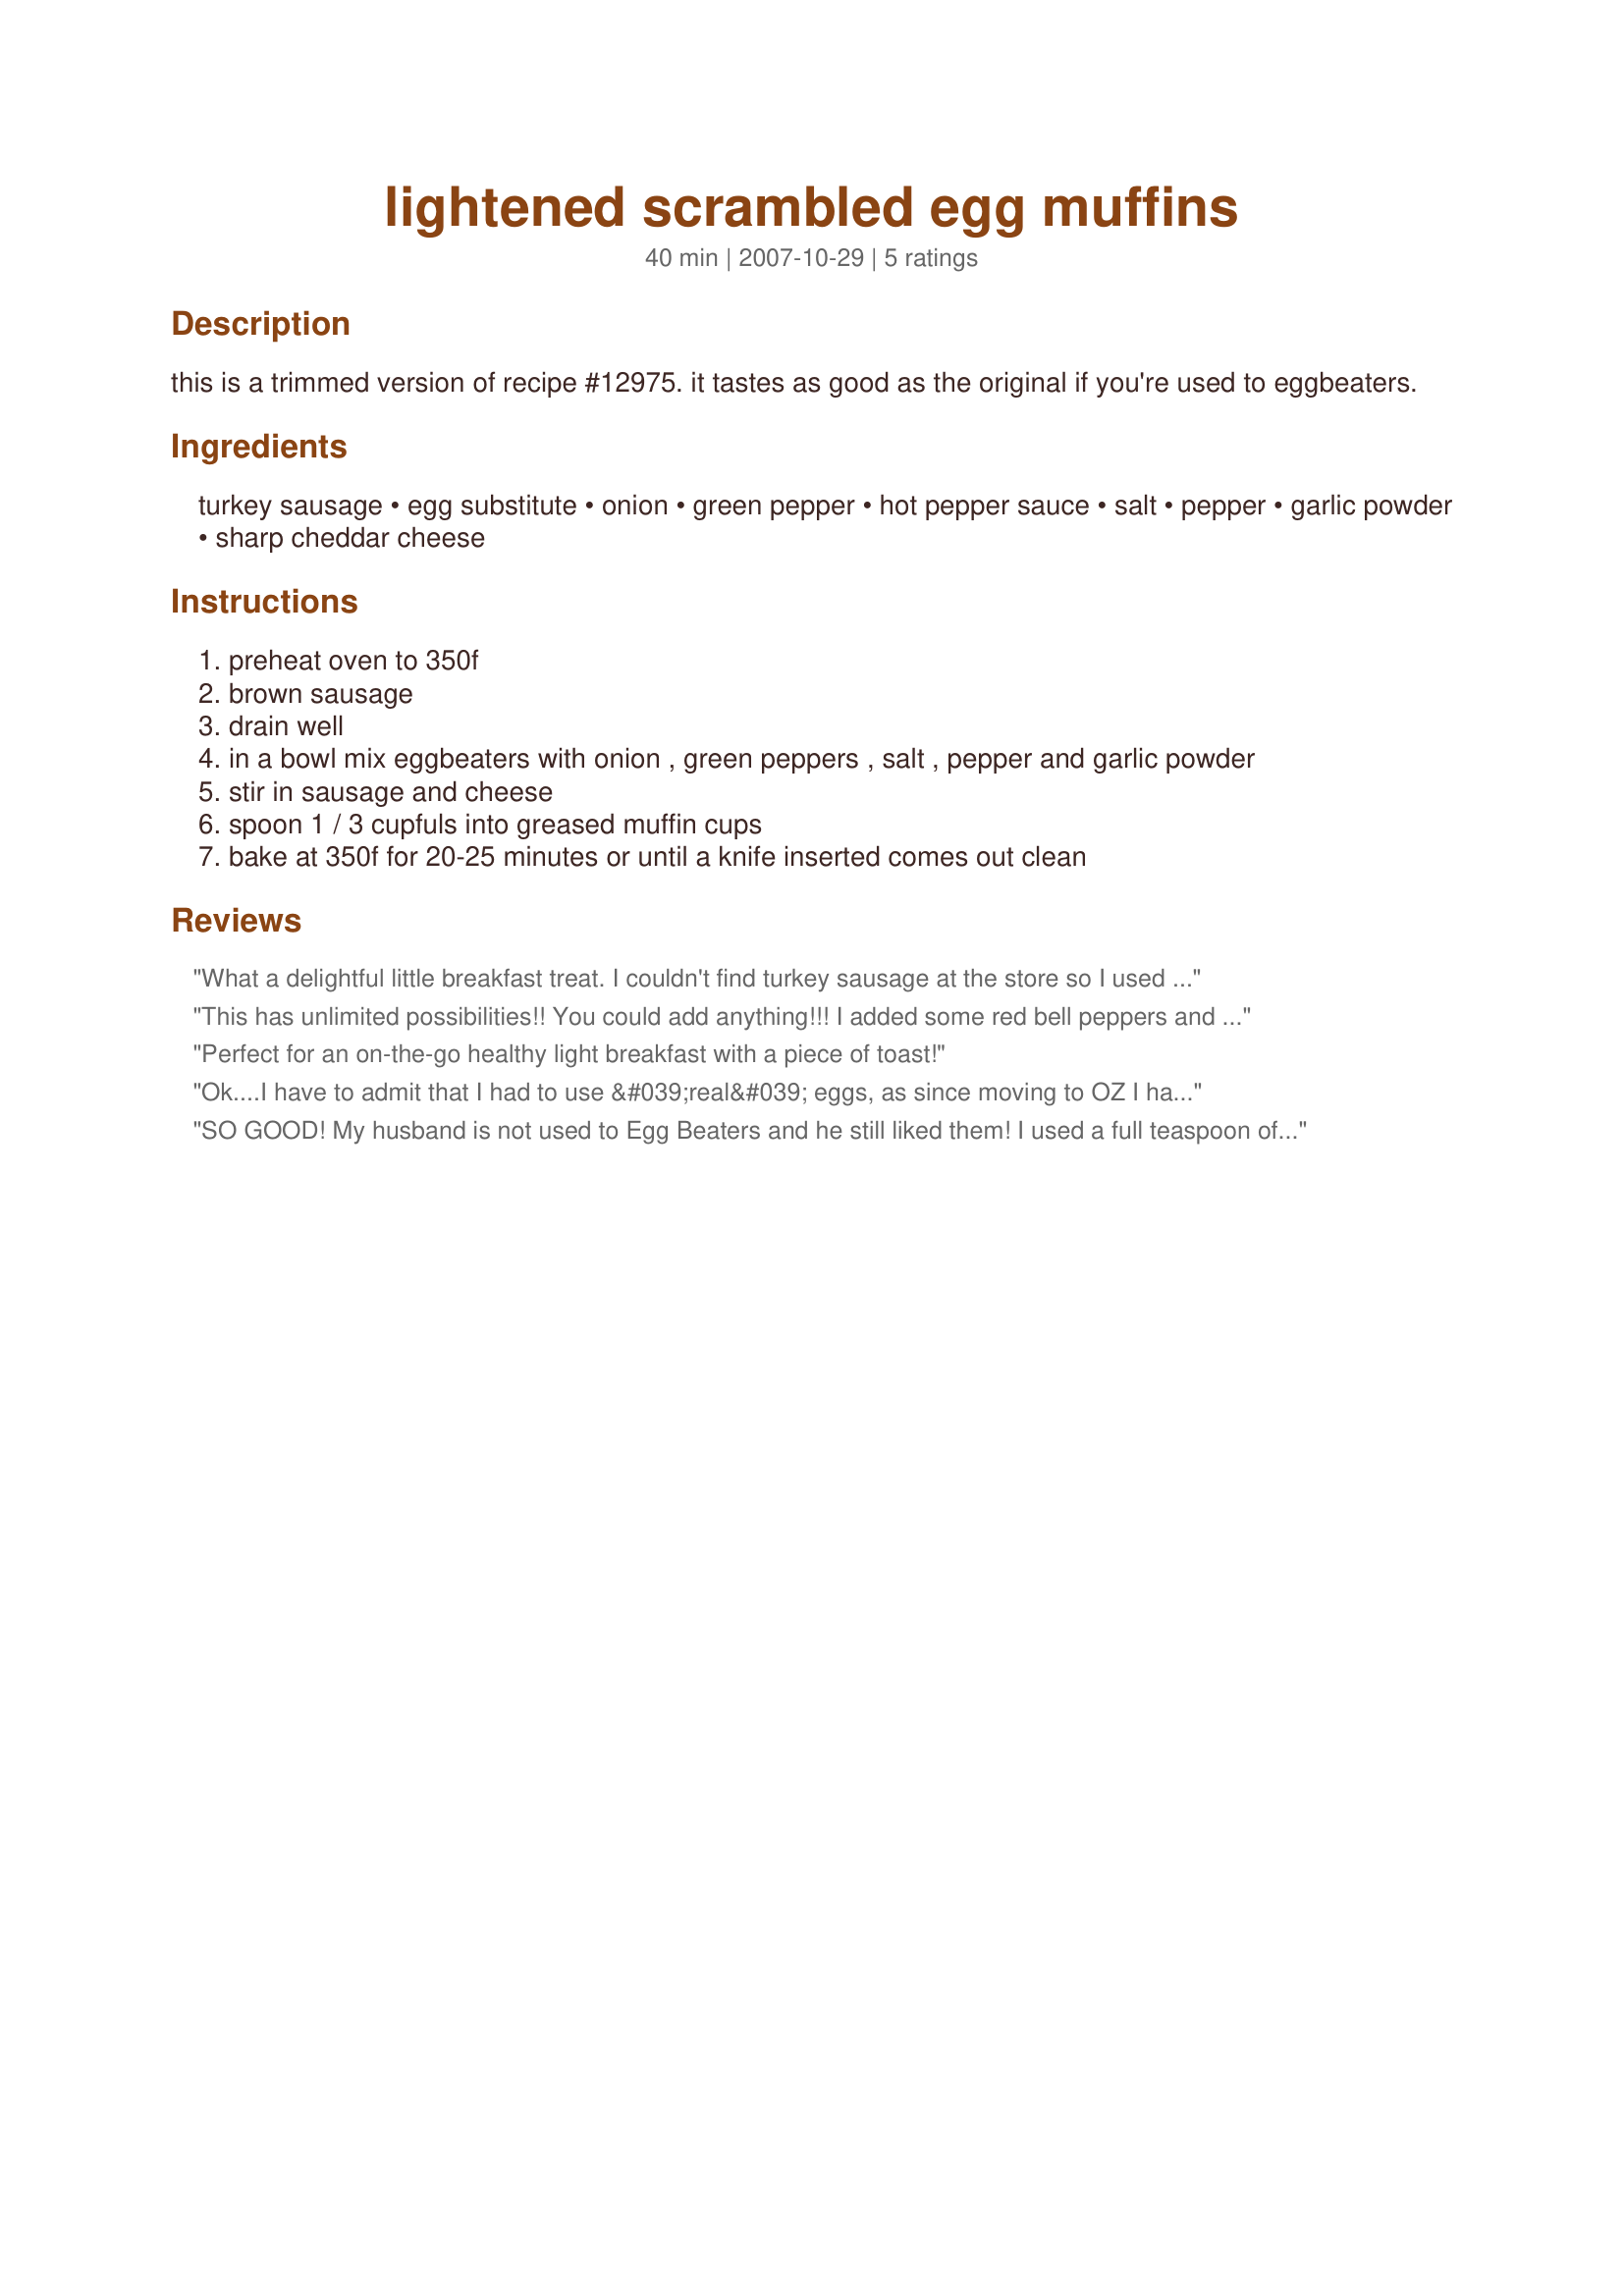
lightened scrambled egg muffins
Preparation time: 40 minutes

this is a trimmed version of recipe #12975. it tastes as good as the original if you're used to eggbeaters.

Ingredients:
turkey sausage, egg substitute, onion, green pepper, hot pepper sauce, salt, pepper, garlic powder, sharp cheddar cheese

Steps:
preheat oven to 350f
brown sausage
drain well
in a bowl mix eggbeaters with onion , green peppers , salt , pepper and garlic powder
stir in sausage and cheese
spoon 1 / 3 cupfuls into greased muffin cups
bake at 350f for 20-25 minutes or until a knife inserted comes out clean

Reviews:
What a delightful little breakfast treat. I couldn't find turkey sausage at the store so I used hot Italian sausage instead and left out the hot pepper sauce. I used the entire carton of Egg Beaters because it was just a tad over 1 1/2 cups. I ended up with 7 breakfast muffins. These are very tasty and savory. They also refrigerate and reheat very well. Made for Honor they Mother - and be Gluten-Free, too! Tag Game.
This has unlimited possibilities!! You could add anything!!! I added some red bell peppers and used turkey pepperoni instead of sausage. This made for a quick and light dinner! Made for 123 Tag. Thanks Annacia! :)
Perfect for an on-the-go healthy light breakfast with a piece of toast!
Ok....I have to admit that I had to use &#039;real&#039; eggs, as since moving to OZ I haven&#039;t been able to find egg substitute ( I MUST be looking in the wrong places!!), and I used some good quality pork sausage meat that I had.&lt;br/&gt;I just loved these wee bites, and found them very addictive....a really delicious way to start the day...!!&lt;br/&gt;Made for PRMR
SO GOOD! My husband is not used to Egg Beaters and he still liked them! I used a full teaspoon of Tabasco which gave these a nice bite, and added it in step #3. A great way to have an omelette to go!
